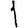
Digit: 1